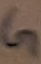
Text: G